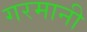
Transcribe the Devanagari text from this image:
गरमानी